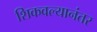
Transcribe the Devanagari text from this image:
शिकवल्यानंतर